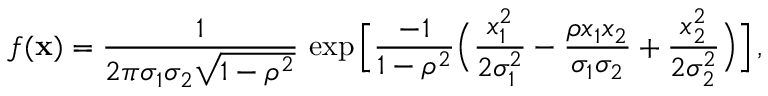
f ( { \bf x } ) = { \frac { 1 } { 2 \pi \sigma _ { 1 } \sigma _ { 2 } \sqrt { 1 - \rho ^ { 2 } } } } \, \exp \Big [ { \frac { - 1 } { 1 - \rho ^ { 2 } } } \Big ( { \frac { x _ { 1 } ^ { 2 } } { 2 \sigma _ { 1 } ^ { 2 } } } - { \frac { \rho x _ { 1 } x _ { 2 } } { \sigma _ { 1 } \sigma _ { 2 } } } + { \frac { x _ { 2 } ^ { 2 } } { 2 \sigma _ { 2 } ^ { 2 } } } \Big ) \Big ] \, ,